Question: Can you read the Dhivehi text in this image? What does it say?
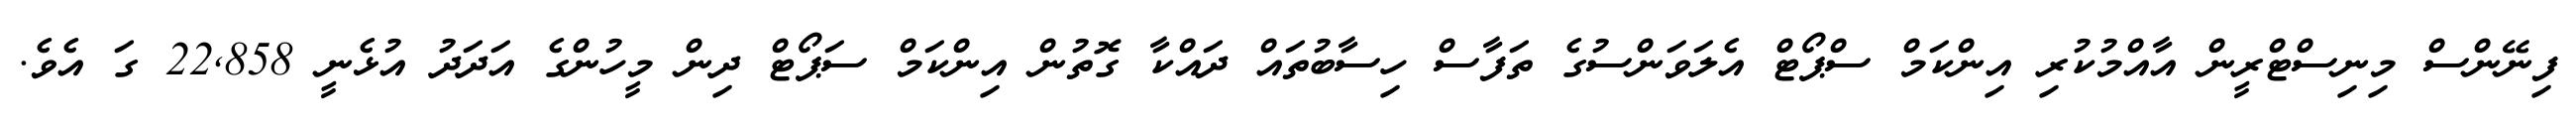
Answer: ފިނޭންސް މިނިސްޓްރީން އާއްމުކުރި އިންކަމް ސްޕޯޓް އެލަވަންސުގެ ތަފާސް ހިސާބުތައް ދައްކާ ގޮތުން އިންކަމް ސަޕޯޓް ދިން މީހުންގެ އަދަދު އުޅެނީ 22,858 ގަ އެވެ.